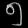
Digit: ၅